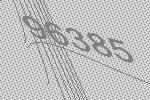
96385